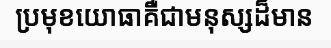
ប្រមុខយោធាគឺជាមនុស្សដ៏មាន